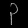
Digit: ၃